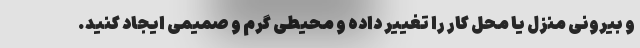
و بیرونی منزل یا محل کار را تغییر داده و محیطی گرم و صمیمی ایجاد کنید.